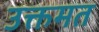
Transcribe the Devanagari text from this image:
उक्तमत